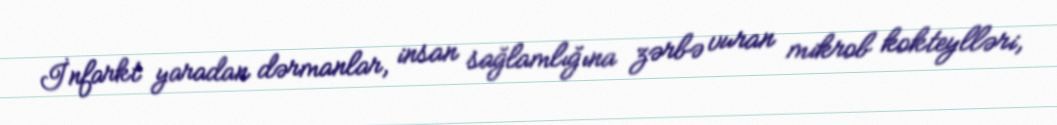
İnfarkt yaradan dərmanlar, insan sağlamlığına zərbə vuran mikrob kokteylləri,